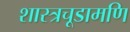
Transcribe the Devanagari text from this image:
शास्त्रचूडामणि